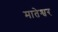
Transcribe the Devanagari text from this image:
मातेश्वर